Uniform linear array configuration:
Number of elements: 24
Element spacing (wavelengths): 0.5
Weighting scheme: binomial
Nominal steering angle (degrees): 30
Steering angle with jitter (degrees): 31.236
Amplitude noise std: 0.05
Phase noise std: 0.05

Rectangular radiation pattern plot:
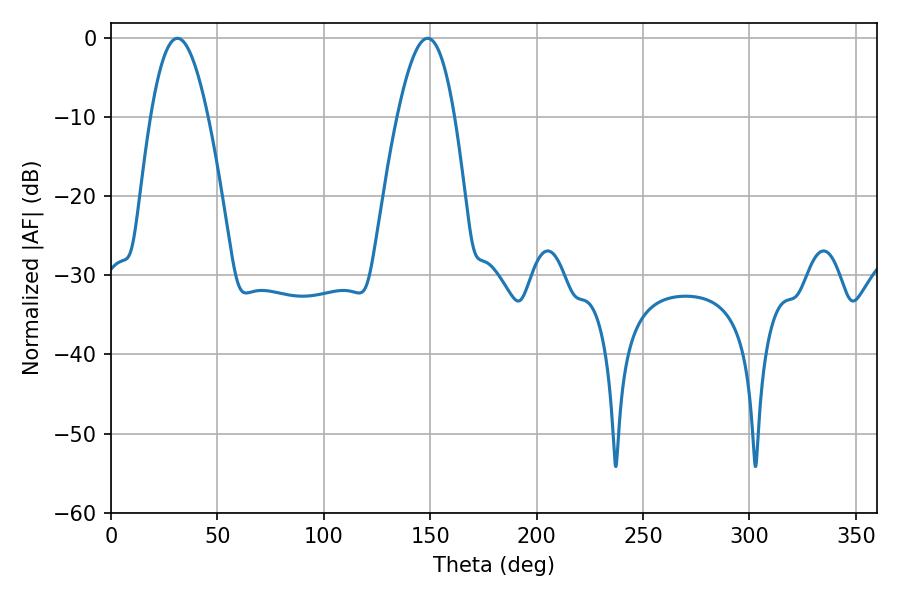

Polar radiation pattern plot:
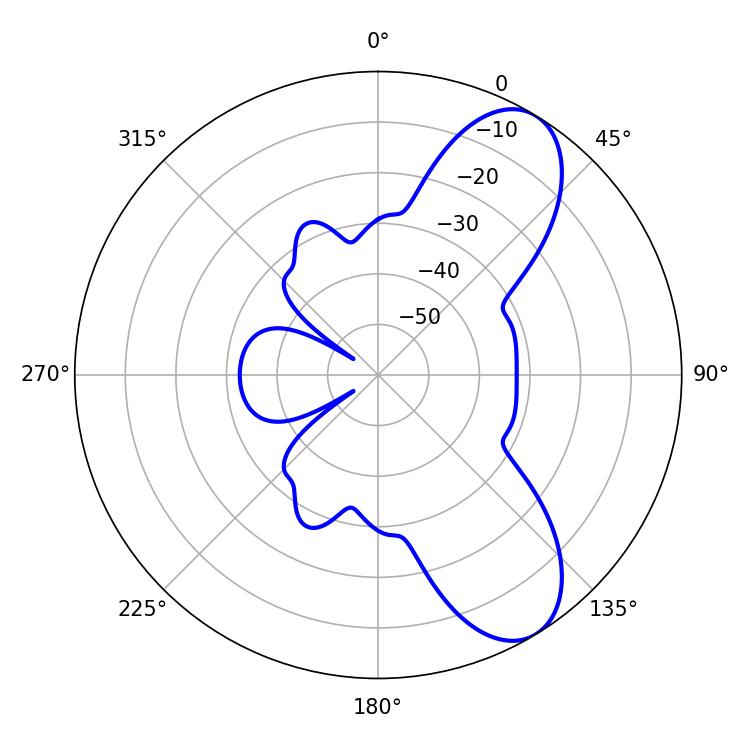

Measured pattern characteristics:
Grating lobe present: FALSE
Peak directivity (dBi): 8.403
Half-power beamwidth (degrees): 14.76
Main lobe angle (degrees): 31.14